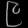
Digit: ၉